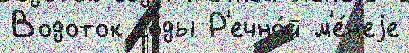
Водоток го́ды Р'ечно́й м'е́н'еjе